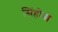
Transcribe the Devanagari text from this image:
सिंहोबा